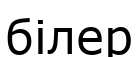
білер